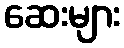
ဆေးများ